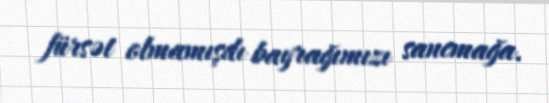
fürsət olmamışdı bayrağımızı sancmağa.